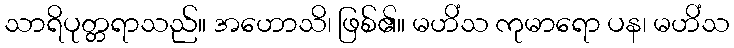
သာရိပုတ္တရာသည်။ အဟောသိ၊ ဖြစ်၏။ မဟိံသ ကုမာရော ပန၊ မဟိံသ